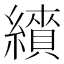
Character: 𦆋